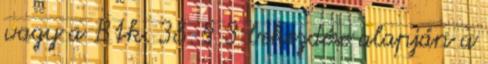
vagy a Btk. 38. § 3 bekezdése alapján a